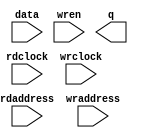
// megafunction wizard: %RAM: 2-PORT%VBB%
// GENERATION: STANDARD
// VERSION: WM1.0
// MODULE: altsyncram 

// ============================================================
// Megafunction Name(s):
// 			altsyncram
//
// Simulation Library Files(s):
// 			altera_mf
// ============================================================
// ************************************************************
// THIS IS A WIZARD-GENERATED FILE. DO NOT EDIT THIS FILE!
//
// 15.0.0 Build 145 04/22/2015 SJ Full Version
// ************************************************************

//Copyright (C) 1991-2015 Altera Corporation. All rights reserved.
//Your use of Altera Corporation's design tools, logic functions 
//and other software and tools, and its AMPP partner logic 
//functions, and any output files from any of the foregoing 
//(including device programming or simulation files), and any 
//associated documentation or information are expressly subject 
//to the terms and conditions of the Altera Program License 
//Subscription Agreement, the Altera Quartus II License Agreement,
//the Altera MegaCore Function License Agreement, or other 
//applicable license agreement, including, without limitation, 
//that your use is for the sole purpose of programming logic 
//devices manufactured by Altera and sold by Altera or its 
//authorized distributors.  Please refer to the applicable 
//agreement for further details.

module PIPO (
	data,
	rdaddress,
	rdclock,
	wraddress,
	wrclock,
	wren,
	q);

	input	[15:0]  data;
	input	[11:0]  rdaddress;
	input	  rdclock;
	input	[11:0]  wraddress;
	input	  wrclock;
	input	  wren;
	output	[15:0]  q;
`ifndef ALTERA_RESERVED_QIS
// synopsys translate_off
`endif
	tri1	  wrclock;
	tri0	  wren;
`ifndef ALTERA_RESERVED_QIS
// synopsys translate_on
`endif

endmodule

// ============================================================
// CNX file retrieval info
// ============================================================
// Retrieval info: PRIVATE: ADDRESSSTALL_A NUMERIC "0"
// Retrieval info: PRIVATE: ADDRESSSTALL_B NUMERIC "0"
// Retrieval info: PRIVATE: BYTEENA_ACLR_A NUMERIC "0"
// Retrieval info: PRIVATE: BYTEENA_ACLR_B NUMERIC "0"
// Retrieval info: PRIVATE: BYTE_ENABLE_A NUMERIC "0"
// Retrieval info: PRIVATE: BYTE_ENABLE_B NUMERIC "0"
// Retrieval info: PRIVATE: BYTE_SIZE NUMERIC "8"
// Retrieval info: PRIVATE: BlankMemory NUMERIC "1"
// Retrieval info: PRIVATE: CLOCK_ENABLE_INPUT_A NUMERIC "0"
// Retrieval info: PRIVATE: CLOCK_ENABLE_INPUT_B NUMERIC "0"
// Retrieval info: PRIVATE: CLOCK_ENABLE_OUTPUT_A NUMERIC "0"
// Retrieval info: PRIVATE: CLOCK_ENABLE_OUTPUT_B NUMERIC "0"
// Retrieval info: PRIVATE: CLRdata NUMERIC "0"
// Retrieval info: PRIVATE: CLRq NUMERIC "0"
// Retrieval info: PRIVATE: CLRrdaddress NUMERIC "0"
// Retrieval info: PRIVATE: CLRrren NUMERIC "0"
// Retrieval info: PRIVATE: CLRwraddress NUMERIC "0"
// Retrieval info: PRIVATE: CLRwren NUMERIC "0"
// Retrieval info: PRIVATE: Clock NUMERIC "1"
// Retrieval info: PRIVATE: Clock_A NUMERIC "0"
// Retrieval info: PRIVATE: Clock_B NUMERIC "0"
// Retrieval info: PRIVATE: IMPLEMENT_IN_LES NUMERIC "0"
// Retrieval info: PRIVATE: INDATA_ACLR_B NUMERIC "0"
// Retrieval info: PRIVATE: INDATA_REG_B NUMERIC "0"
// Retrieval info: PRIVATE: INIT_FILE_LAYOUT STRING "PORT_B"
// Retrieval info: PRIVATE: INIT_TO_SIM_X NUMERIC "0"
// Retrieval info: PRIVATE: INTENDED_DEVICE_FAMILY STRING "MAX 10"
// Retrieval info: PRIVATE: JTAG_ENABLED NUMERIC "0"
// Retrieval info: PRIVATE: JTAG_ID STRING "NONE"
// Retrieval info: PRIVATE: MAXIMUM_DEPTH NUMERIC "0"
// Retrieval info: PRIVATE: MEMSIZE NUMERIC "51200"
// Retrieval info: PRIVATE: MEM_IN_BITS NUMERIC "0"
// Retrieval info: PRIVATE: MIFfilename STRING ""
// Retrieval info: PRIVATE: OPERATION_MODE NUMERIC "2"
// Retrieval info: PRIVATE: OUTDATA_ACLR_B NUMERIC "0"
// Retrieval info: PRIVATE: OUTDATA_REG_B NUMERIC "0"
// Retrieval info: PRIVATE: RAM_BLOCK_TYPE NUMERIC "0"
// Retrieval info: PRIVATE: READ_DURING_WRITE_MODE_MIXED_PORTS NUMERIC "2"
// Retrieval info: PRIVATE: READ_DURING_WRITE_MODE_PORT_A NUMERIC "3"
// Retrieval info: PRIVATE: READ_DURING_WRITE_MODE_PORT_B NUMERIC "3"
// Retrieval info: PRIVATE: REGdata NUMERIC "1"
// Retrieval info: PRIVATE: REGq NUMERIC "1"
// Retrieval info: PRIVATE: REGrdaddress NUMERIC "1"
// Retrieval info: PRIVATE: REGrren NUMERIC "1"
// Retrieval info: PRIVATE: REGwraddress NUMERIC "1"
// Retrieval info: PRIVATE: REGwren NUMERIC "1"
// Retrieval info: PRIVATE: SYNTH_WRAPPER_GEN_POSTFIX STRING "0"
// Retrieval info: PRIVATE: USE_DIFF_CLKEN NUMERIC "0"
// Retrieval info: PRIVATE: UseDPRAM NUMERIC "1"
// Retrieval info: PRIVATE: VarWidth NUMERIC "0"
// Retrieval info: PRIVATE: WIDTH_READ_A NUMERIC "16"
// Retrieval info: PRIVATE: WIDTH_READ_B NUMERIC "16"
// Retrieval info: PRIVATE: WIDTH_WRITE_A NUMERIC "16"
// Retrieval info: PRIVATE: WIDTH_WRITE_B NUMERIC "16"
// Retrieval info: PRIVATE: WRADDR_ACLR_B NUMERIC "0"
// Retrieval info: PRIVATE: WRADDR_REG_B NUMERIC "0"
// Retrieval info: PRIVATE: WRCTRL_ACLR_B NUMERIC "0"
// Retrieval info: PRIVATE: enable NUMERIC "0"
// Retrieval info: PRIVATE: rden NUMERIC "0"
// Retrieval info: LIBRARY: altera_mf altera_mf.altera_mf_components.all
// Retrieval info: CONSTANT: ADDRESS_ACLR_B STRING "NONE"
// Retrieval info: CONSTANT: ADDRESS_REG_B STRING "CLOCK1"
// Retrieval info: CONSTANT: CLOCK_ENABLE_INPUT_A STRING "BYPASS"
// Retrieval info: CONSTANT: CLOCK_ENABLE_INPUT_B STRING "BYPASS"
// Retrieval info: CONSTANT: CLOCK_ENABLE_OUTPUT_B STRING "BYPASS"
// Retrieval info: CONSTANT: INTENDED_DEVICE_FAMILY STRING "MAX 10"
// Retrieval info: CONSTANT: LPM_TYPE STRING "altsyncram"
// Retrieval info: CONSTANT: NUMWORDS_A NUMERIC "3200"
// Retrieval info: CONSTANT: NUMWORDS_B NUMERIC "3200"
// Retrieval info: CONSTANT: OPERATION_MODE STRING "DUAL_PORT"
// Retrieval info: CONSTANT: OUTDATA_ACLR_B STRING "NONE"
// Retrieval info: CONSTANT: OUTDATA_REG_B STRING "UNREGISTERED"
// Retrieval info: CONSTANT: POWER_UP_UNINITIALIZED STRING "FALSE"
// Retrieval info: CONSTANT: WIDTHAD_A NUMERIC "12"
// Retrieval info: CONSTANT: WIDTHAD_B NUMERIC "12"
// Retrieval info: CONSTANT: WIDTH_A NUMERIC "16"
// Retrieval info: CONSTANT: WIDTH_B NUMERIC "16"
// Retrieval info: CONSTANT: WIDTH_BYTEENA_A NUMERIC "1"
// Retrieval info: USED_PORT: data 0 0 16 0 INPUT NODEFVAL "data[15..0]"
// Retrieval info: USED_PORT: q 0 0 16 0 OUTPUT NODEFVAL "q[15..0]"
// Retrieval info: USED_PORT: rdaddress 0 0 12 0 INPUT NODEFVAL "rdaddress[11..0]"
// Retrieval info: USED_PORT: rdclock 0 0 0 0 INPUT NODEFVAL "rdclock"
// Retrieval info: USED_PORT: wraddress 0 0 12 0 INPUT NODEFVAL "wraddress[11..0]"
// Retrieval info: USED_PORT: wrclock 0 0 0 0 INPUT VCC "wrclock"
// Retrieval info: USED_PORT: wren 0 0 0 0 INPUT GND "wren"
// Retrieval info: CONNECT: @address_a 0 0 12 0 wraddress 0 0 12 0
// Retrieval info: CONNECT: @address_b 0 0 12 0 rdaddress 0 0 12 0
// Retrieval info: CONNECT: @clock0 0 0 0 0 wrclock 0 0 0 0
// Retrieval info: CONNECT: @clock1 0 0 0 0 rdclock 0 0 0 0
// Retrieval info: CONNECT: @data_a 0 0 16 0 data 0 0 16 0
// Retrieval info: CONNECT: @wren_a 0 0 0 0 wren 0 0 0 0
// Retrieval info: CONNECT: q 0 0 16 0 @q_b 0 0 16 0
// Retrieval info: GEN_FILE: TYPE_NORMAL PIPO.v TRUE
// Retrieval info: GEN_FILE: TYPE_NORMAL PIPO.inc FALSE
// Retrieval info: GEN_FILE: TYPE_NORMAL PIPO.cmp FALSE
// Retrieval info: GEN_FILE: TYPE_NORMAL PIPO.bsf FALSE
// Retrieval info: GEN_FILE: TYPE_NORMAL PIPO_inst.v FALSE
// Retrieval info: GEN_FILE: TYPE_NORMAL PIPO_bb.v TRUE
// Retrieval info: LIB_FILE: altera_mf